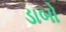
ડાબો